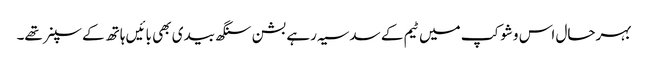
بہرحال اس وشوکپ میں ٹیم کے سدسیہ رہے بشن سنگھ بیدی بھی بائیں ہاتھ کے سپنر تھے۔